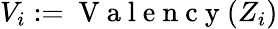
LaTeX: V_{i}:=\mathrm{~V~a~l~e~n~c~y~}(Z_{i})